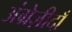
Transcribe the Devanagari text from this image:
अंग्रेज़ीदाँ